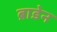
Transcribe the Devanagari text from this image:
ब्राडेन